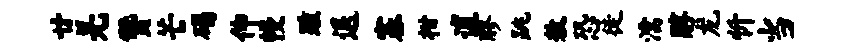
廿羌赞芒碣伸幔踵退塞柑逋醪跳敖恐徒濡醇龙忻当